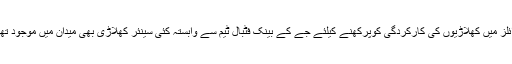
ٹرائلز میں کھلاڑیوں کی کارکردگی کوپرکھنے کیلئے جے کے بینک فٹبال ٹیم سے وابستہ کئی سینئر کھلاڑی بھی میدان میں موجود تھے۔